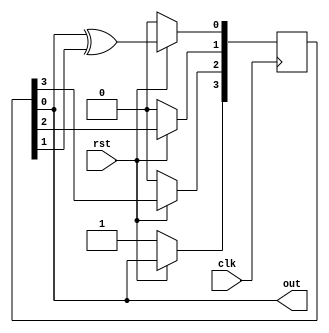
module lab1(
    input clk, rst,
    output out
    );
    /* Declare shift register variables. */
    reg [3:0] sreg;
    wire out;
    /* Always block infers active-hign reset of the initial state */
    always@(posedge clk) begin
        if(!rst) begin
            sreg[3] <= 1;
            sreg[2] <= 0;
            sreg[1] <= 0;
            sreg[0] <= 0;
        end
        /* Shift registers */
        else begin
            sreg[3] <= sreg[0];
            sreg[2] <= sreg[3];
            sreg[1] <= sreg[2];
            sreg[0] <= sreg[0]^sreg[1];
        end
    end
 /* Assign statement
    The last value of register assign to output
*/
    assign out = sreg[0];
endmodule